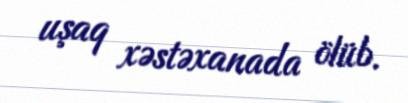
uşaq xəstəxanada ölüb.